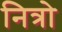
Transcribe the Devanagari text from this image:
नित्रो